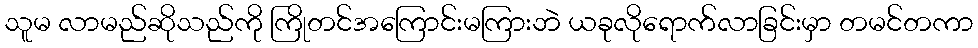
သူမ လာမည်ဆိုသည်ကို ကြိုတင်အကြောင်းမကြားဘဲ ယခုလိုရောက်လာခြင်းမှာ တမင်တကာ